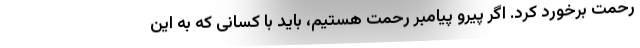
رحمت برخورد کرد. اگر پیرو پیامبر رحمت هستیم، باید با کسانی که به این